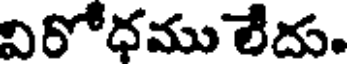
విరోధము లేదు.